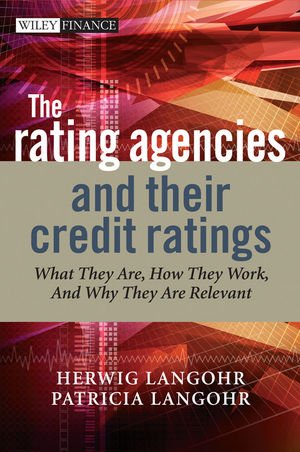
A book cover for The Rating Agencies and Their Credit Ratings: What They Are, How They Work, and Why They are Relevant; Herwig Langohr; Business & Money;